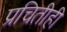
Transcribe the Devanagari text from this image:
प्रचितीही